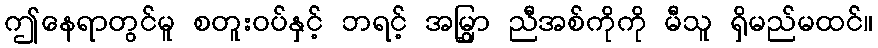
ဤနေရာတွင်မူ စတူးဝပ်နှင့် ဘရင့် အမြွှာ ညီအစ်ကိုကို မီသူ ရှိမည်မထင်။